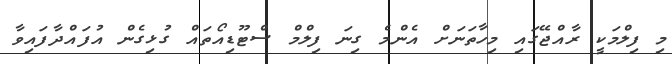
މި ފިލްމަކީ ރާއްޖޭގައި މިހާތަނަށް އެންމެ ގިނަ ފިލްމް ސްޓޫޑިއޯތައް ގުޅިގެން އުފައްދާފައިވާ